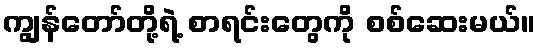
ကျွန်တော်တို့ရဲ့ စာရင်းတွေကို စစ်ဆေးမယ်။